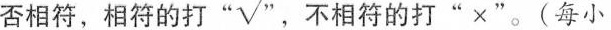
否相符,相符的打"√",不相符的打"×".(每小